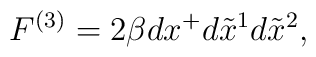
F^{(3)} = 2\beta dx^+ d\tilde{x}^1 d\tilde{x}^2,